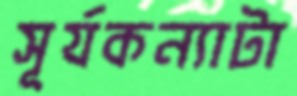
সূর্যকন্যাটা